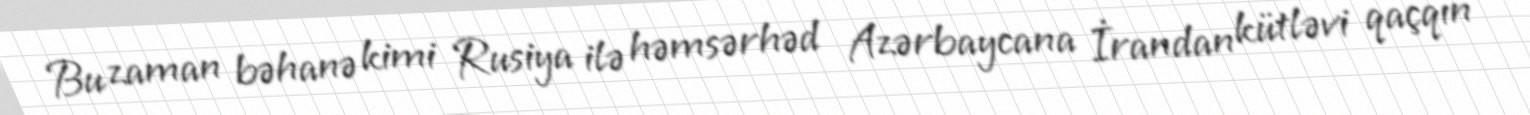
Bu zaman bəhanə kimi Rusiya ilə həmsərhəd Azərbaycana İrandan kütləvi qaçqın